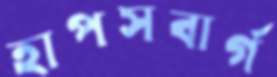
হাপসবার্গ